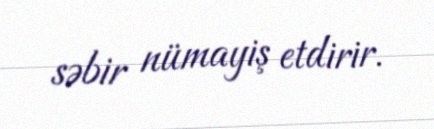
səbir nümayiş etdirir.